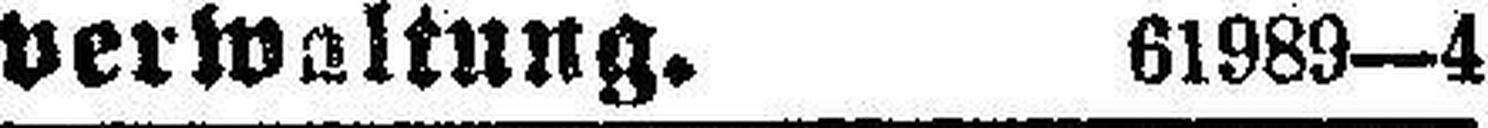
verwaltung. 61989—4